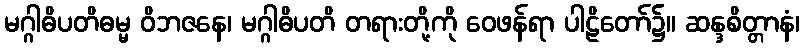
မဂ္ဂါဓိပတိဓမ္မ ဝိဘဇနေ၊ မဂ္ဂါဓိပတိ တရားတို့ကို ဝေဖန်ရာ ပါဠိတော်၌။ ဆန္ဒစိတ္တာနံ၊